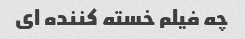
چه فیلم خسته کننده ای